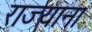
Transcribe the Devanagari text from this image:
राज्याना